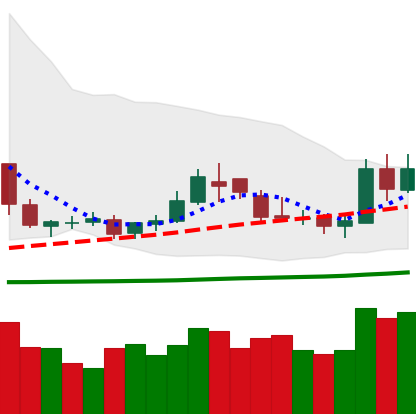
Ticker: DOGE-USD
Chart end date: 2019-05-13
Forward return: 9.035%
Label: up_7plus